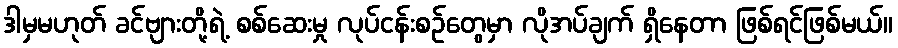
ဒါမှမဟုတ် ခင်ဗျားတို့ရဲ့ စစ်ဆေးမှု လုပ်ငန်းစဉ်တွေမှာ လိုအပ်ချက် ရှိနေတာ ဖြစ်ရင်ဖြစ်မယ်။